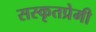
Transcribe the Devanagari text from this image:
सस्कृतप्रेमी